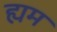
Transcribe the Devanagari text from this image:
ह्यम